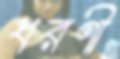
ধরণী